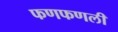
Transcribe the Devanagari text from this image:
फणफणली